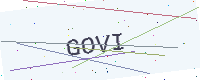
Text: GOVI